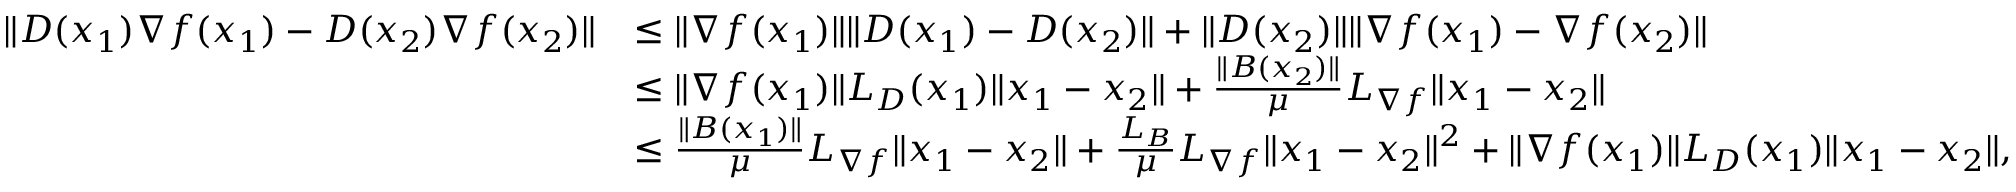
\begin{array} { r l } { \| D ( x _ { 1 } ) \nabla f ( x _ { 1 } ) - D ( x _ { 2 } ) \nabla f ( x _ { 2 } ) \| } & { \leq \| \nabla f ( x _ { 1 } ) \| \| D ( x _ { 1 } ) - D ( x _ { 2 } ) \| + \| D ( x _ { 2 } ) \| \| \nabla f ( x _ { 1 } ) - \nabla f ( x _ { 2 } ) \| } \\ & { \leq \| \nabla f ( x _ { 1 } ) \| L _ { D } ( x _ { 1 } ) \| x _ { 1 } - x _ { 2 } \| + \frac { \| B ( x _ { 2 } ) \| } { \mu } L _ { \nabla f } \| x _ { 1 } - x _ { 2 } \| } \\ & { \leq \frac { \| B ( x _ { 1 } ) \| } { \mu } L _ { \nabla f } \| x _ { 1 } - x _ { 2 } \| + \frac { L _ { B } } { \mu } L _ { \nabla f } \| x _ { 1 } - x _ { 2 } \| ^ { 2 } + \| \nabla f ( x _ { 1 } ) \| L _ { D } ( x _ { 1 } ) \| x _ { 1 } - x _ { 2 } \| , } \end{array}